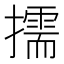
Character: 擩